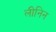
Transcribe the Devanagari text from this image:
लीनिन